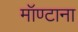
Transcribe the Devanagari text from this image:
मॉण्टाना